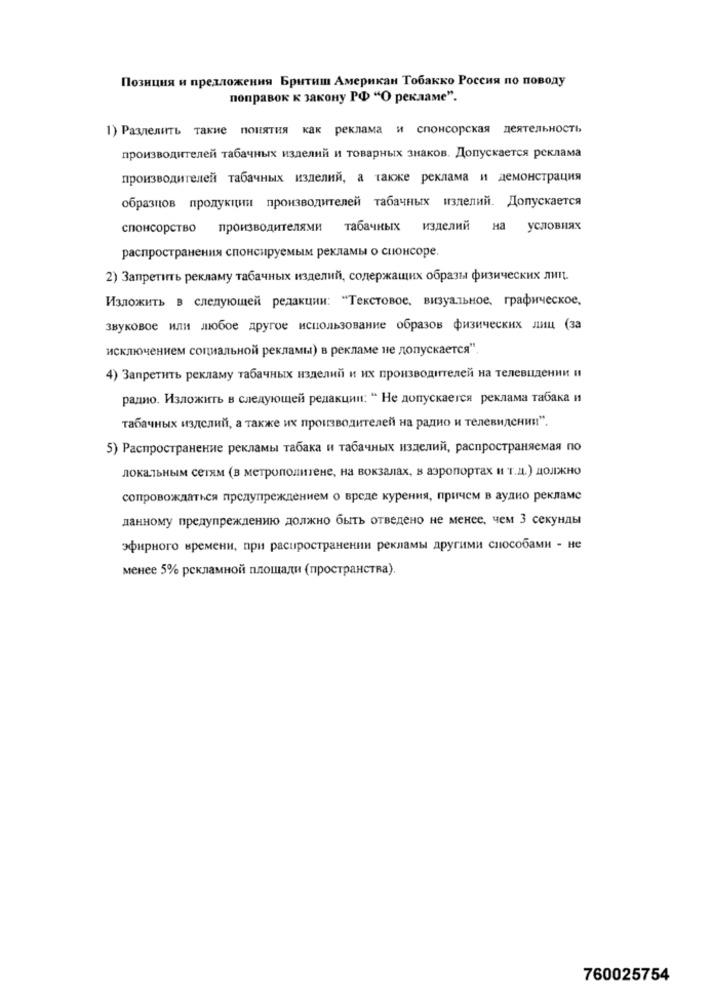
Позиция и предложения Бритиш Американ Тобакко Россия по поводу
поправок к закону РФ "О рекламе".
1) Разделить такие понятия как реклама и спонсорская деятельность
производителей табачных изделий и товарных знаков. Допускается реклама
производителей табачных изделий, а также реклама и демонстрация
образцов продукции производителей табачных изделий. Допускается
спонсорство
производителями табачных изделий
на условиях
распространения спонсируемым рекламы о спонсоре.
2) Запретить рекламу табачных изделий, содержащих образы физических лиц.
Изложить в следующей редакции: "Текстовое, визуальное, графическое,
звуковое или любое другое использование образов физических лиц (за
исключением социальной рекламы) в рекламе не допускается".
4) Запретить рекламу табачных изделий и их производителей на телевидении и
радио. Изложить в следующей редакции: " Не допускается реклама табака и
табачных изделий, а также их производителей на радио и телевидении".
5) Распространение рекламы табака и табачных изделий, распространяемая по
локальным сетям (в метрополитене, на вокзалах, в аэропортах и т.д.) должно
сопровождаться предупреждением о вреде курения, причем в аудио рекламе
данному предупреждению должно быть отведено не менее, чем 3 секунды
эфирного времени, при распространении рекламы другими способами - не
менее 5% рекламной площади (пространства).
760025754